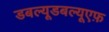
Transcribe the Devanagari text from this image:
डबल्यूडबल्यूएफ़